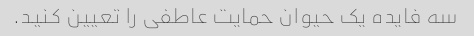
سه فایده یک حیوان حمایت عاطفی را تعیین کنید.